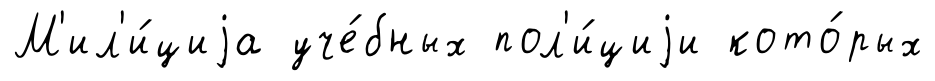
М'ил'и́циjа уче́бных пол'и́циjи кото́рых